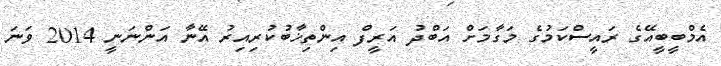
އެމްބީބީއޭގެ ރައީސްކަމުގެ މަގާމަށް އަބްދު އަރީފް އިންތިޚާބުކުރިއިރު އޭނާ އަންނަނީ 2014 ވަނަ